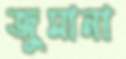
জুমানা